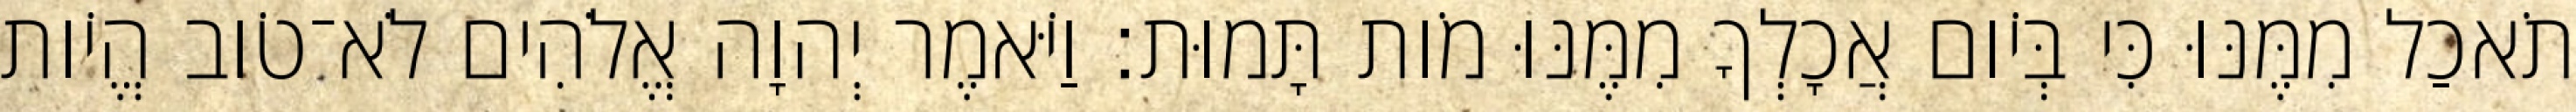
תֹאכַל מִמֶּנּוּ כִּי בְּיֹום אֲכָלְךָ מִמֶּנּוּ מֹות תָּמוּת׃ וַיֹּאמֶר יְהוָה אֱלֹהִים לֹא־טֹוב הֱיֹות